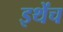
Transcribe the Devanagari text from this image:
इथेंच